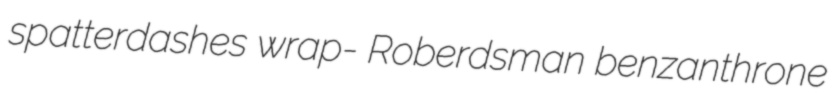
spatterdashes wrap- Roberdsman benzanthrone